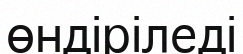
өндіріледі